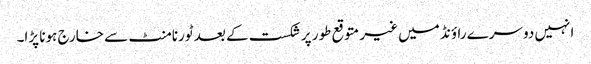
انہیں دوسرے راؤنڈ میں غیر متوقع طور پر شکست کے بعد ٹورنامنٹ سے خارج ہونا پڑا۔